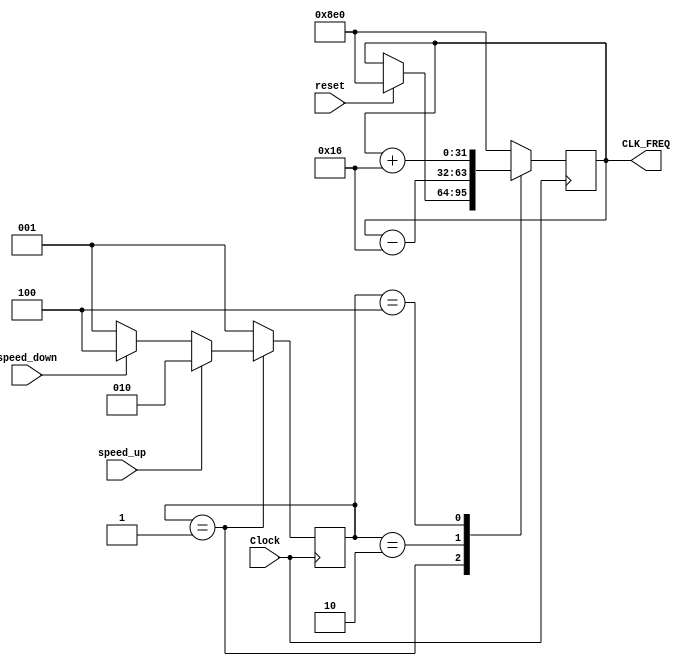
module speed_ctrl(
	Clock, reset,speed_up, speed_down, CLK_FREQ);

input Clock, reset, speed_up, speed_down;
output [31:0] CLK_FREQ;

parameter IDLE = 3'b001;
parameter speed_up_state = 3'b010;
parameter speed_down_state = 3'b100;

reg [2:0] state;

always @(posedge Clock) begin
	if(reset) begin
		state <= IDLE;
		CLK_FREQ <= 32'd2272; //Default frequency 22 KHz
	end	
	case(state)
		IDLE: //Keep default if no KEY's are pressed
			if(speed_up)
				state <= speed_up_state;
			else if(speed_down)
				state <= speed_down_state;
			else
				state <= IDLE;
				
		speed_up_state: //Decrements the time period to increase frequency thus increasing sampling rate of addresses
		begin
			CLK_FREQ <= CLK_FREQ - 22;
			state <= IDLE;
		end
		speed_down_state: //Increments the time period to decrease frequency thus decreasing sampling rate of addresses
		begin
			CLK_FREQ <= CLK_FREQ + 22;
			state <= IDLE;
		end
		default:
		begin
			CLK_FREQ <= 32'd2272;
			state <= IDLE;
		end	
	endcase

end
endmodule